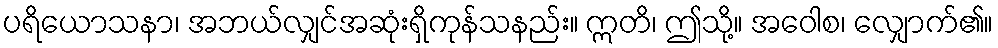
ပရိယောသနာ၊ အဘယ်လျှင်အဆုံးရှိကုန်သနည်း။ ဣတိ၊ ဤသို့။ အဝေါစ၊ လျှောက်၏။